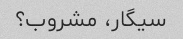
سیگار، مشروب؟